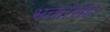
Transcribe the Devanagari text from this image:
भक्तांसह